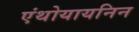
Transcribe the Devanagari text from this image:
एंथोयायनिन